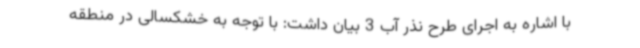
با اشاره به اجرای طرح نذر آب 3 بیان داشت: با توجه به خشکسالی در منطقه